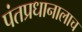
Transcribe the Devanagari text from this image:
पंतप्रधानालाच